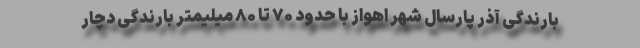
بارندگی آذر پارسال شهر اهواز با حدود ۷۰ تا ۸۰ میلیمتر بارندگی دچار